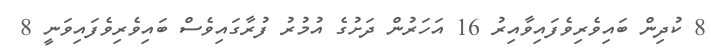
8 ކުދިން ބައިވެރިވެފައިވާއިރު 16 އަހަރުން ދަށުގެ އުމުރު ފުރާގައިވެސް ބައިވެރިވެފައިވަނީ 8